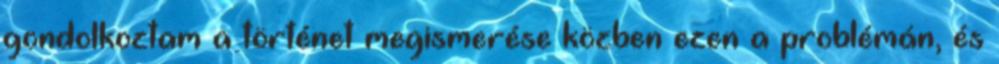
gondolkoztam a történet megismerése közben ezen a problémán, és